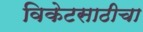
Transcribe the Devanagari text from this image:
विकेटसाठीचा